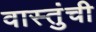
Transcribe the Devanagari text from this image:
वास्तुंची